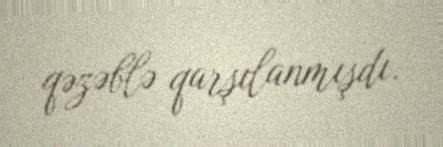
qəzəblə qarşılanmışdı.